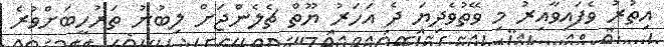
އިތުރު ވެފައިވާއިރު މި ވޭތުވެދިޔަ ދެ އަހަރު ޔޫތް ޗެލެންޖަށް ލިބުނު ތަރުހީބަށްވުރެ